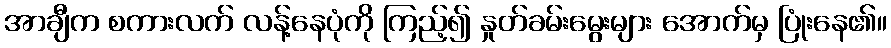
အာချီက စကားလက် လန့်နေပုံကို ကြည့်၍ နှုတ်ခမ်းမွေးများ အောက်မှ ပြုံးနေ၏။